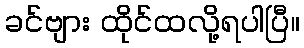
ခင်ဗျား ထိုင်ထလို့ရပါပြီ။